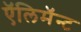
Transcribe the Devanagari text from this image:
ऍलिमॅन्ट